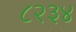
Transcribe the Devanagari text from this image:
८२३४